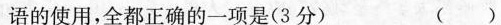
语的使用，全都正确的一项是(3分) ()